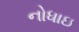
નોધાઇ